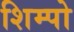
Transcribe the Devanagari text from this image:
शिम्पो